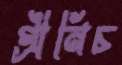
গ্রীনিচ